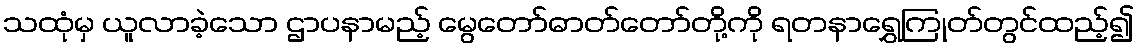
သထုံမှ ယူလာခဲ့သော ဌာပနာမည့် မွေတော်ဓာတ်တော်တို့ကို ရတနာရွှေကြုတ်တွင်ထည့်၍